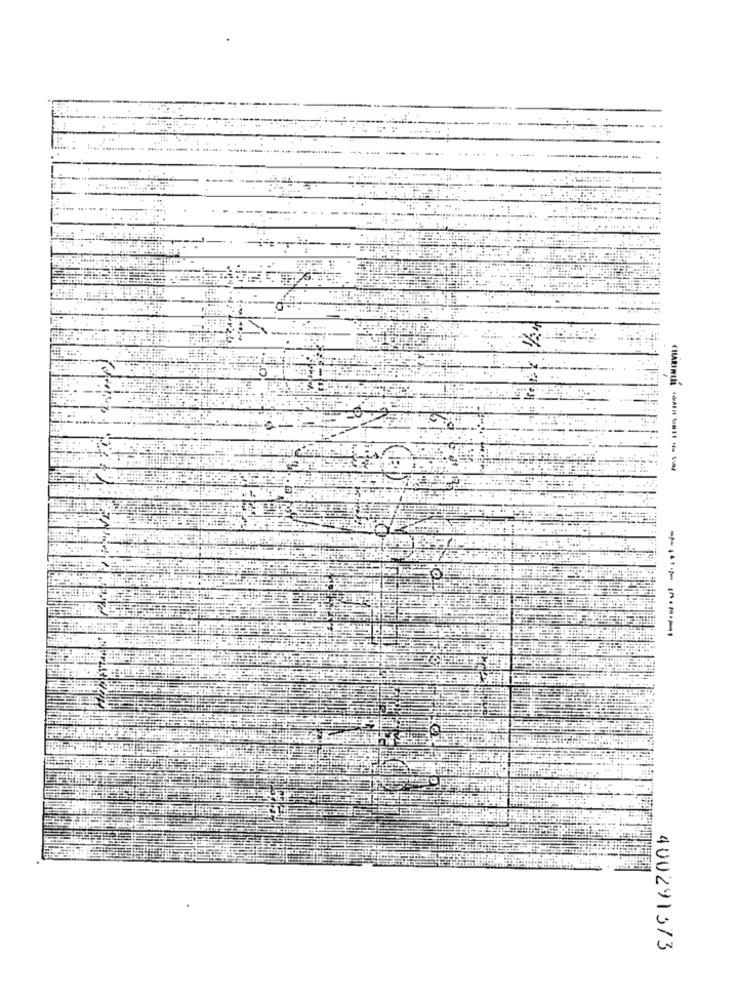
400291373